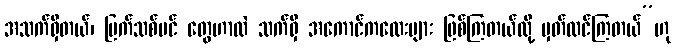
အသက်ရှိတယ်၊ မြက်သစ်ပင် တွေဟာလဲ သက်ရှိ အကောင်ကလေးများ ဖြစ်ကြတယ်လို့ မှတ်ထင်ကြတယ်”ဟု